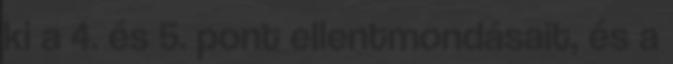
ki a 4. és 5. pont ellentmondásait, és a